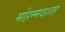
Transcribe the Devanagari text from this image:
मोहम्मदशाह